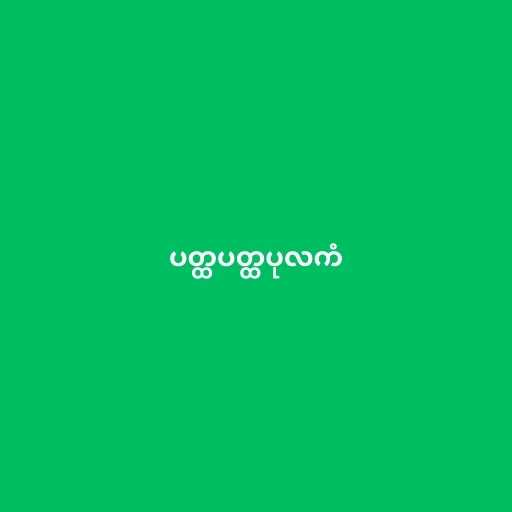
ပတ္ထပတ္ထပုလကံ